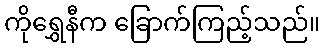
ကိုရွှေနီက ခြောက်ကြည့်သည်။